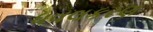
ધવલકરણ